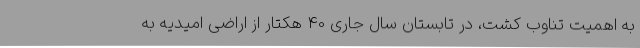
به اهمیت تناوب کشت، در تابستان سال جاری 40 هکتار از اراضی امیدیه به